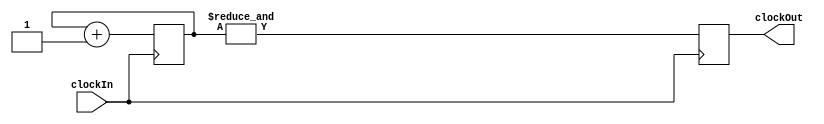
`timescale 1ns / 1ps
//////////////////////////////////////////////////////////////////////////////////
// Company: 
// Engineer: 
// 
// Design Name: 
// Module Name:    counter 
// Project Name: 
// Target Devices: 
// Tool versions: 
// Description: 
//
// Dependencies: 
//
// Revision: 
// Revision 0.01 - File Created
// Additional Comments: 
//
//////////////////////////////////////////////////////////////////////////////////
module timerDriver(
    clockIn,
	 clockOut
	 );
	 input clockIn;
	 output clockOut;
	 reg clockOut;
	 
	 reg[23:0] buffer;
	 
	 always@(posedge clockIn)
	 begin
	     buffer <= buffer+1;
		  clockOut <= &buffer;
    end
endmodule

module counter(
    mainClock,
    reset,
    count
    );
	 input mainClock;
    input reset;
    output [3:0] count;
	 reg [3:0] count;
	 wire slowClock;
	 
	 timerDriver td(.clockIn(mainClock), .clockOut(slowClock));
	 
	 always @(posedge slowClock)
	 begin
	     if (!reset)
		      count <= 4'b1111;
		  else
		      count <= count - 1;
	 end
	 

endmodule